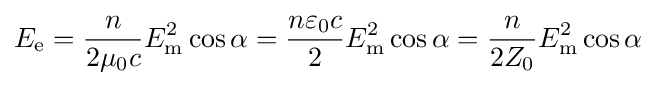
E_{\mathrm {e} }={\frac {n}{2\mu _{0}c}}E_{\mathrm {m} }^{2}\cos \alpha ={\frac {n\varepsilon _{0}c}{2}}E_{\mathrm {m} }^{2}\cos \alpha ={\frac {n}{2Z_{0}}}E_{\mathrm {m} }^{2}\cos \alpha